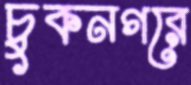
চুকনগরে